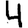
Digit: 4